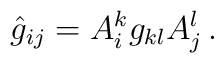
\hat g_{ij} = A^{k}_{i}g_{kl}A^{l}_{j} \, .